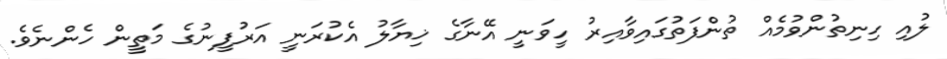
ލުއި ހިނިތުންވުމެއް ތުންފަތުގައިވާއިރު ހީވަނީ އޭނާގެ ޚިޔާލު އެކުރަނީ އަރުފީނުގެ މަތީން ހެންނެވެ.